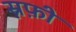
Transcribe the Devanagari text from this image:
स्नफ़ी